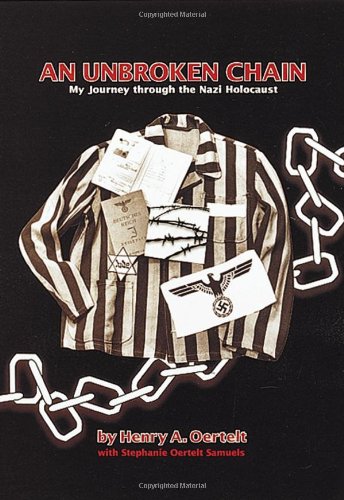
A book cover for An Unbroken Chain: My Journey Through the Nazi Holocaust; Henry A. Oertelt; Teen & Young Adult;